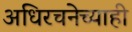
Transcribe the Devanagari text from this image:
अधिरचनेच्याही